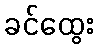
ခင်ထွေး